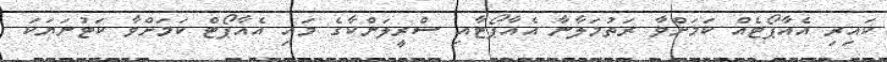
ކައިރި އެއާޕޯޓެއް ކަމަށްވާ ރަތުމަލާނާ އެއާޕޯޓާއި ސްރީލަންކާގެ މައި އެއާޕޯޓް ކަމަށްވާ ކަޓުނަޔަކަ